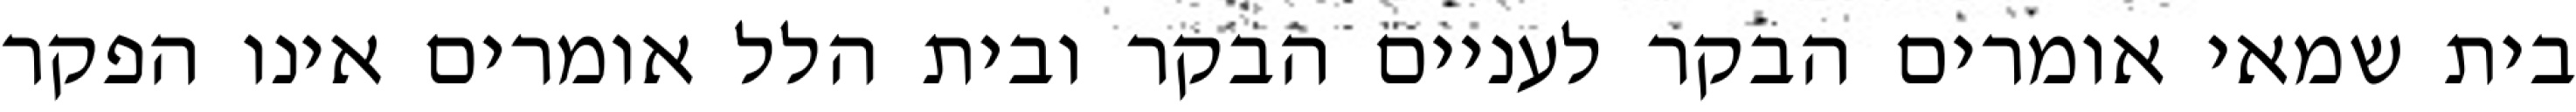
בית שמאי אומרים הבקר לעניים הבקר ובית הלל אומרים אינו הפקר